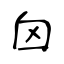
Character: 囟